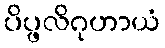
ပိပ္ဖလိဂုဟာယံ